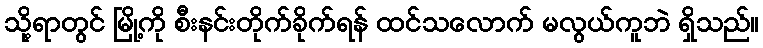
သို့ရာတွင် မြို့ကို စီးနင်းတိုက်ခိုက်ရန် ထင်သလောက် မလွယ်ကူဘဲ ရှိသည်။